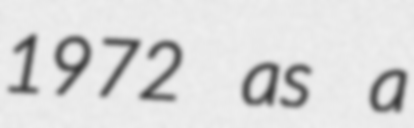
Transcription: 1972 as a